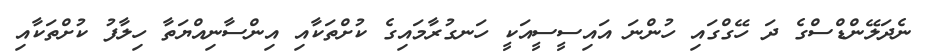
ނެދަލޭންޑްސްގެ ދަ ހޭގްގައި ހުންނަ އައިސީސީއަކީ ހަނގުރާމައިގެ ކުށްތަކާއި އިންސާނިއްޔަތާ ހިލާފު ކުށްތަކާއި